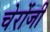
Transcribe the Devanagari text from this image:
चेरोंजी